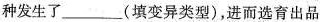
种发生了_______(填变异类型)，进而选育出品